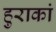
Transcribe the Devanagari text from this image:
हुराकां